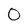
Character: 0